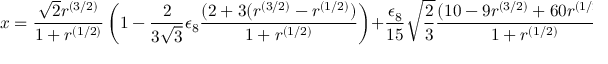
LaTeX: x = \frac { \sqrt { 2 } r ^ { ( 3 / 2 ) } } { 1 + r ^ { ( 1 / 2 ) } } \left( 1 - \frac { 2 } { 3 \sqrt { 3 } } \epsilon _ { 8 } \frac { ( 2 + 3 ( r ^ { ( 3 / 2 ) } - r ^ { ( 1 / 2 ) } ) } { 1 + r ^ { ( 1 / 2 ) } } \right) + \frac { \epsilon _ { 8 } } { 1 5 } \sqrt { \frac { 2 } { 3 } } \frac { ( 1 0 - 9 r ^ { ( 3 / 2 ) } + 6 0 r ^ { ( 1 / 2 ) } ) } { 1 + r ^ { ( 1 / 2 ) } }